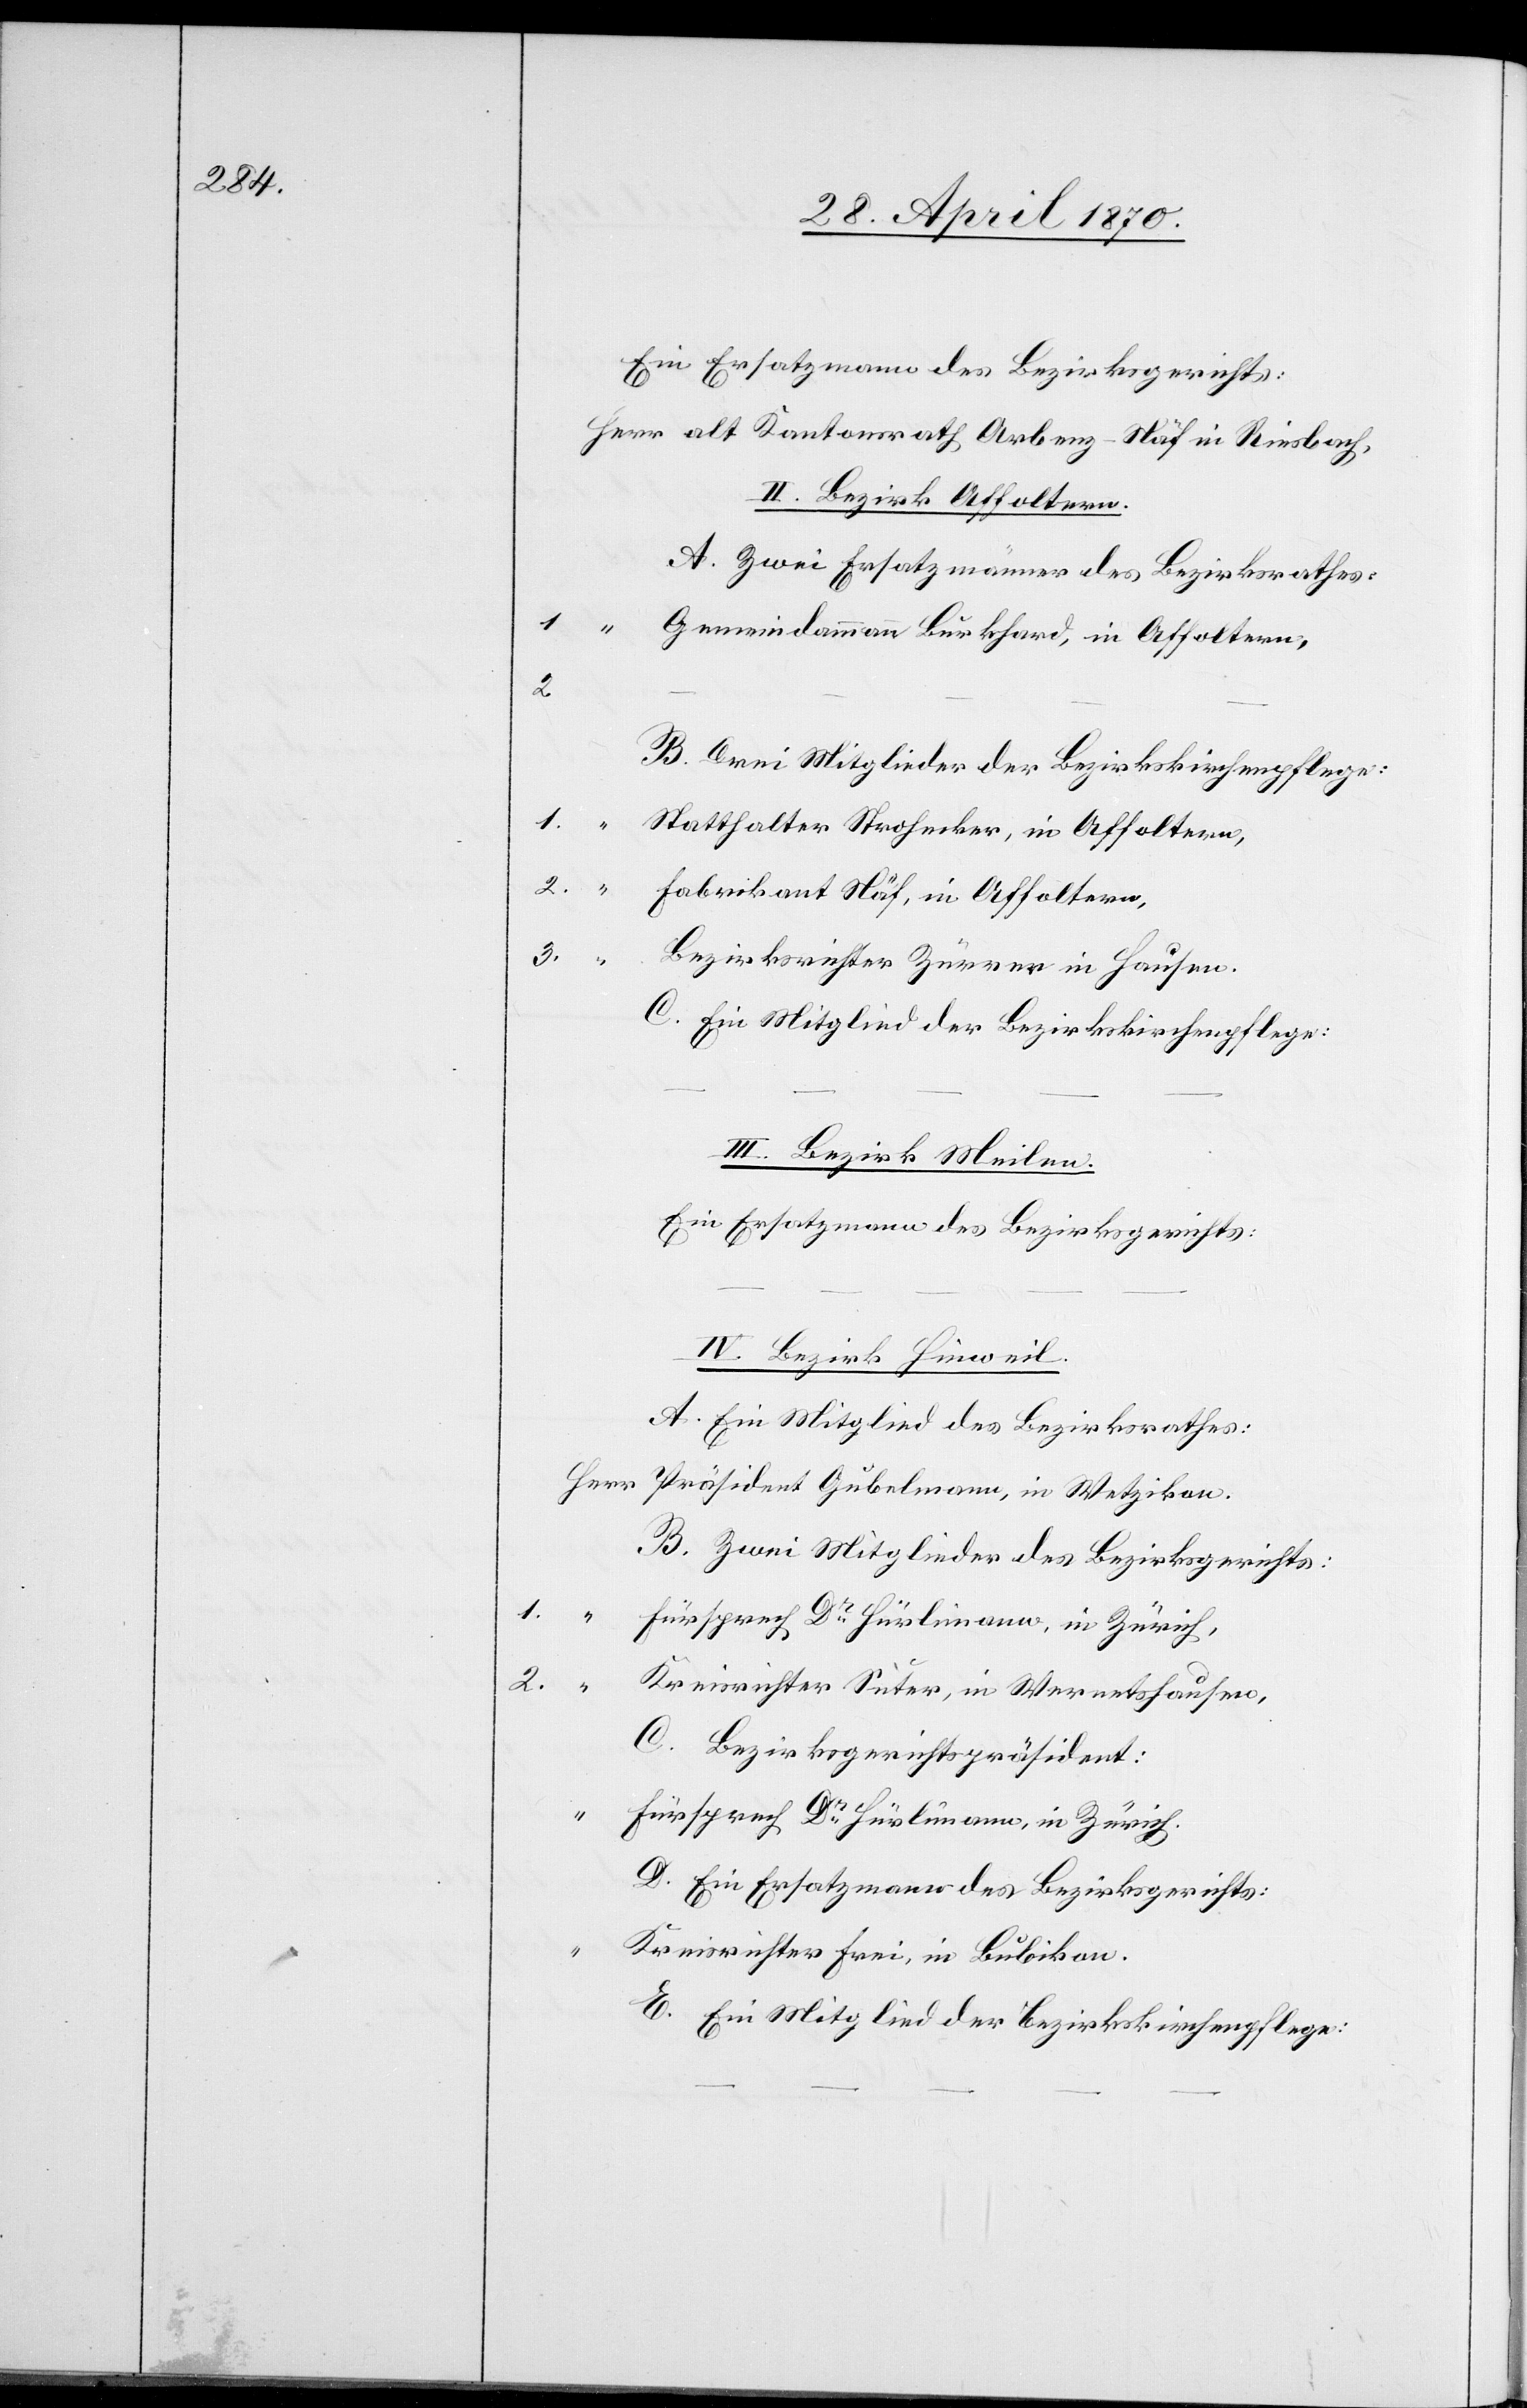
Ein Ersatzmann des Bezirksgerichts:
II. Bezirk Affoltern.
A. Zwei Ersatzmänner des Bezirksrathes:
Gemeindammann Burkhard, in Affoltern,
2
B. Drei Mitglieder der Bezirkskirchenpflege:
1.
Statthalter Strohecker, in Affoltern,
2.
“
Fabrikant Näf, in Affoltern,
3.
Bezirksrichter Zürrer, in Hausen.
C. Ein Mitglied der Bezirkskirchenpflege:
III. Bezirk Meilen.
Ein Ersatzmann des Bezirksgerichts:
IV. Bezirk Hinweil.
A. Ein Mitglied des Bezirksrathes:
B. Zwei Mitglieder des Bezirksgerichts:
2.
Kreisrichter Suter, in Wernetshausen,
C. Bezirksgerichtspräsident:
“
Fürsprech Dr Hürlimann, in Zürich.
D. Ein Ersatzmann des Bezirksgerichts:
Kreisrichter Frei, in Bubikon.
E. Ein Mitglied der Bezirkskirchenpflege: